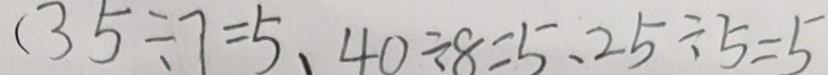
( 3 5 \div 7 = 5 . 4 0 \div 8 = 5 . 2 5 \div 5 = 5